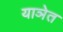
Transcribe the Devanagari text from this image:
याञेत